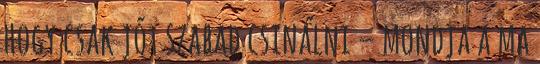
hogy csak jót szabad csinálni – mondja a ma